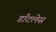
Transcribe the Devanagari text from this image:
डाँटलेस